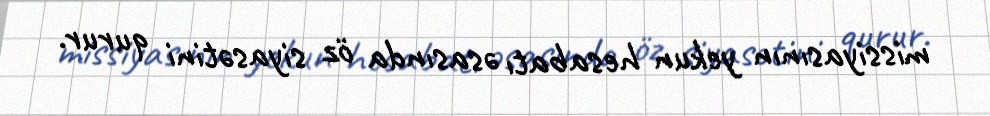
missiyasının yekun hesabatı əsasında öz siyasətini qurur.